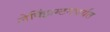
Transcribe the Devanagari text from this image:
लेक्झिंग्टनपर्यंत